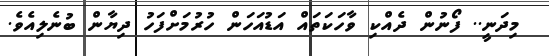
މިދަނީ.. ފޯނުން ދެއްކި ވާހަކަތައް އަޑުއަހަން ހުރުމަށްފަހު ދިޔާން ބުނެލިއެވެ.